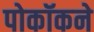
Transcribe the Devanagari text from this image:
पोकॉकने